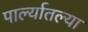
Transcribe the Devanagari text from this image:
पार्ल्यातल्या